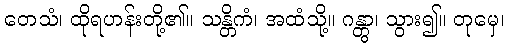
တေသံ၊ ထိုရဟန်းတို့၏။ သန္တိကံ၊ အထံသို့။ ဂန္တွာ၊ သွား၍။ တုမှေ၊